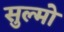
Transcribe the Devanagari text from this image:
सुल्मो